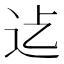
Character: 𮞂